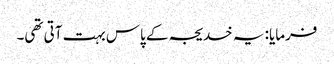
فرمایا: یہ خدیجہ کے پاس بہت آتی تھی۔